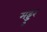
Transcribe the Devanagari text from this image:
मड्डुर